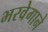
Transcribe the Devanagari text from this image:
भरवेगाने